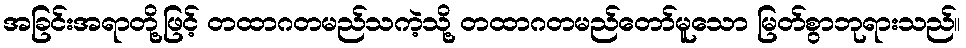
အခြင်းအရာတို့ဖြင့် တထာဂတမည်သကဲ့သို့ တထာဂတမည်တော်မူသော မြတ်စွာဘုရားသည်။